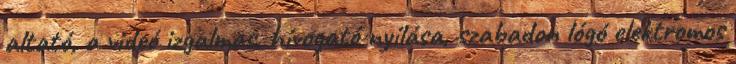
altató, a videó izgalmas, hívogató nyílása, szabadon lógó elektromos